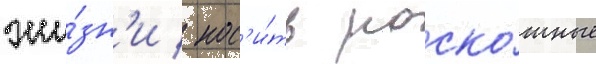
жи́зн'и / нос'и́ть роско́шные